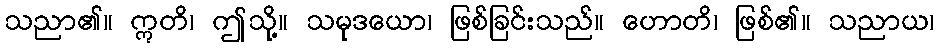
သညာ၏။ ဣတိ၊ ဤသို့။ သမုဒယော၊ ဖြစ်ခြင်းသည်။ ဟောတိ၊ ဖြစ်၏။ သညာယ၊